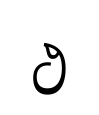
ථ